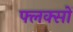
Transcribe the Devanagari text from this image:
फ्लक्सों